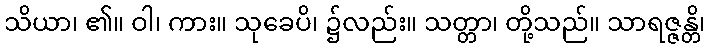
သိယာ၊ ၏။ ဝါ၊ ကား။ သုခေပိ၊ ၌လည်း။ သတ္တာ၊ တို့သည်။ သာရဇ္ဇန္တိ၊